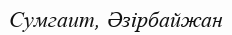
Сумгаит, Әзірбайжан